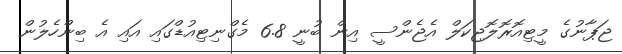
ޖަޕާނުގެ މީޓިއޮރޮލޮޖިކަލް އެޖެންސީ އިން ބުނީ 6.8 މެގްނިޓިއުޑްގައި އައި އެ ބިންހެލުން